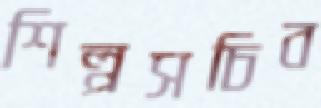
শিল্পসচিব